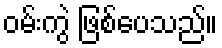
ဝမ်းကွဲ ဖြစ်ပေသည်။